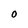
Character: 0